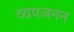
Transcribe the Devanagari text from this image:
व्‍यपजनन